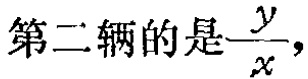
第二辆的是$\frac{y}{x}$，